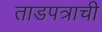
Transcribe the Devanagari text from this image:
ताडपत्राची